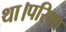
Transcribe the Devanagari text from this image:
था।परिक्षा